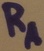
Text: RA